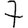
Digit: 7